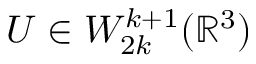
U \in W _ { 2 k } ^ { k + 1 } ( { \mathbb R } ^ { 3 } )